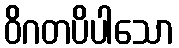
ဝိဂတပိပါသော